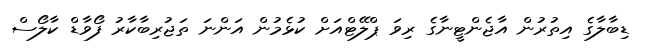
ޑިބާލާގެ އިތުރުން އާޖެންޓީނާގެ ރިވަ ޕްލޭޓްއަށް ކުޅެމުން އަންނަ ތަޖުރިބާކާރު ފޯވާޑް ކާލޯސް